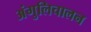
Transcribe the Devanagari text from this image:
अंगुलिचालन